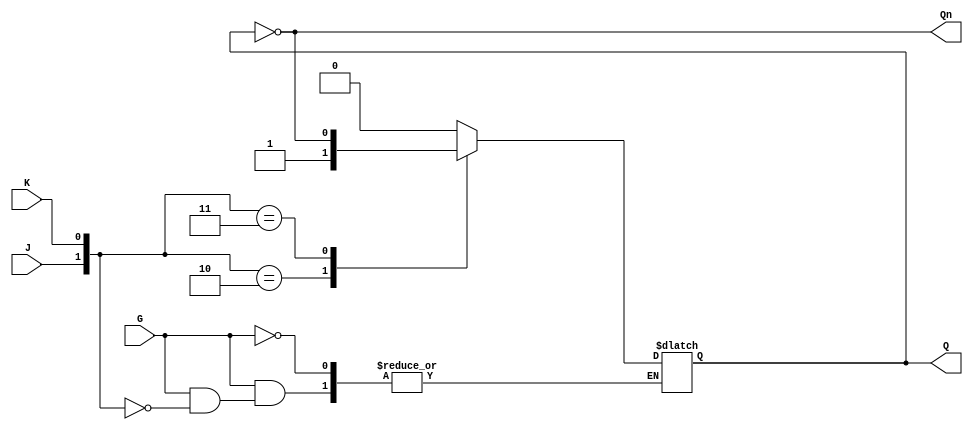
module gated_jk_latch (
    input wire J,    // Set input
    input wire K,    // Reset input
    input wire G,    // Enable input
    output reg Q,    // Output Q
    output wire Qn   // Complementary output not Q
);

    assign Qn = ~Q;  // Complement output

    always @(*) begin
        if (G) begin
            case ({J, K})
                2'b00: Q = Q;      // Hold state
                2'b01: Q = 0;      // Reset
                2'b10: Q = 1;      // Set
                2'b11: Q = ~Q;     // Toggle
                default: Q = Q;    // Default hold
            endcase
        end
    end

endmodule